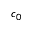
c _ { 0 }